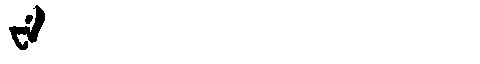
Manchu: ᠸᡝ
Romanization: WE